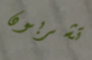
تشربون